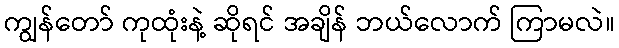
ကျွန်တော် ကုထုံးနဲ့ ဆိုရင် အချိန် ဘယ်လောက် ကြာမလဲ။